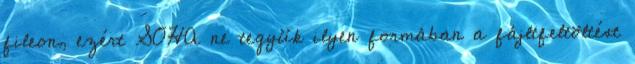
fileon, ezért SOHA ne tegyük ilyen formában a fájltfeltöltést